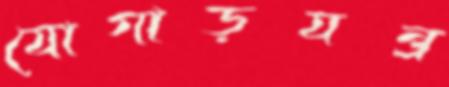
যোগাড়যন্ত্র